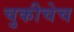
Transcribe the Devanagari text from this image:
चुकीचेच